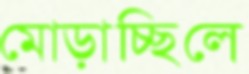
মোড়াচ্ছিলে